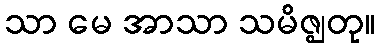
သာ မေ အာသာ သမိဇ္ဈတု။